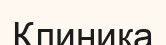
Клиника